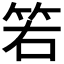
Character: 𥬡